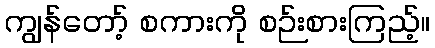
ကျွန်တော့် စကားကို စဉ်းစားကြည့်။